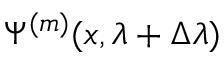
\Psi ^ { ( m ) } ( x , \lambda + \Delta \lambda )